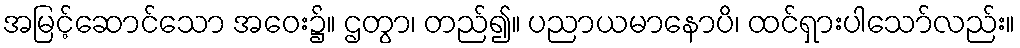
အမြင့်ဆောင်သော အဝေး၌။ ဌတွာ၊ တည်၍။ ပညာယမာနောပိ၊ ထင်ရှားပါသော်လည်း။